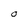
Character: O